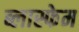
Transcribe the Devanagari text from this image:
ब्लास्फेम